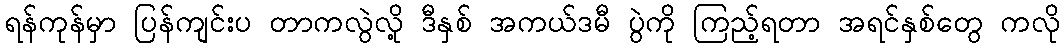
ရန်ကုန်မှာ ပြန်ကျင်းပ တာကလွဲလို့ ဒီနှစ် အကယ်ဒမီ ပွဲကို ကြည့်ရတာ အရင်နှစ်တွေ ကလို